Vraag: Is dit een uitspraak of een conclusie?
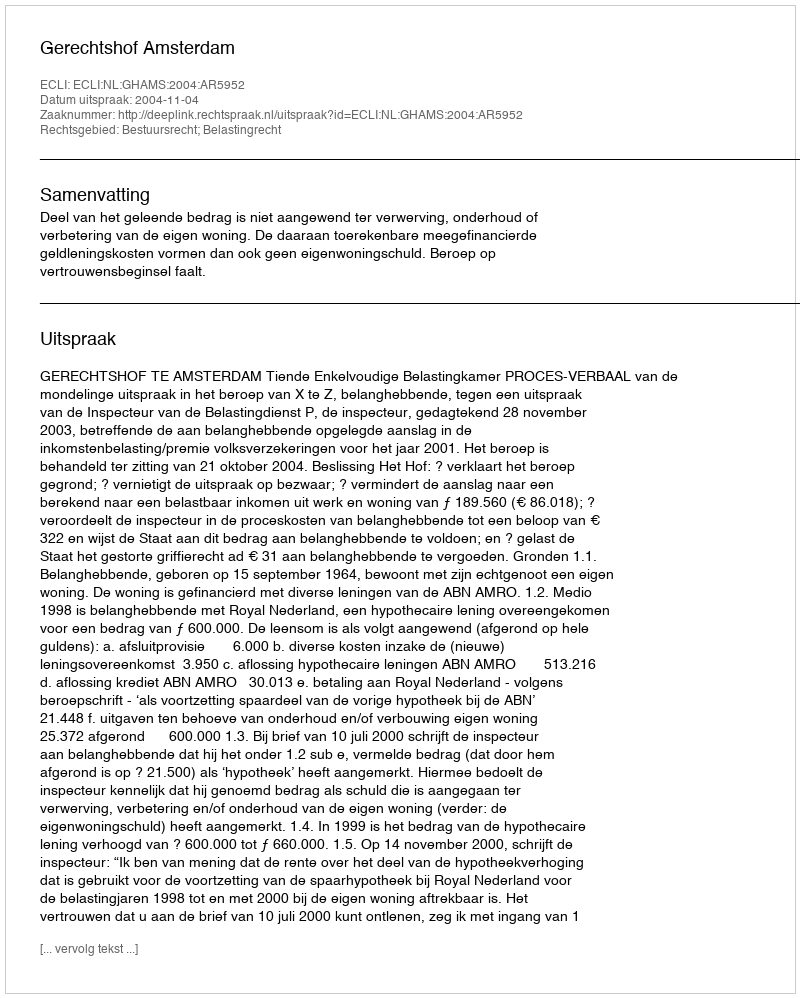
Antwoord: Uitspraak